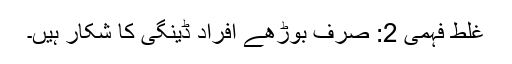
غلط فہمی 2: صرف بوڑھے افراد ڈینگی کا شکار ہیں۔